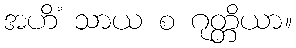
အဟိံ သာယ စ ဂုတ္တိယာ။